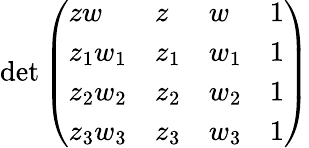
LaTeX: \operatorname*{det}{\left(\begin{array}{llll}{zw}&{z}&{w}&{1}\\ {z_{1}w_{1}}&{z_{1}}&{w_{1}}&{1}\\ {z_{2}w_{2}}&{z_{2}}&{w_{2}}&{1}\\ {z_{3}w_{3}}&{z_{3}}&{w_{3}}&{1}\end{array}\right)}